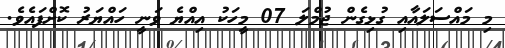
މި މައްސަލައާއި ގުޅިގެން ޖުމްލަ 07 މީހަކު އިއްޔެ ވަނީ ހައްޔަރު ކޮށްފައެވެ.